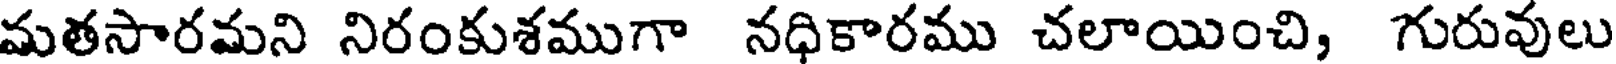
మతసారమని నిరంకుశముగా నధికారము చలాయించి, గురువులు